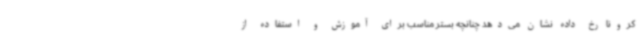
کرونا رخ داده نشان می‌دهد چنانچه بستر مناسب برای آموزش و استفاده از